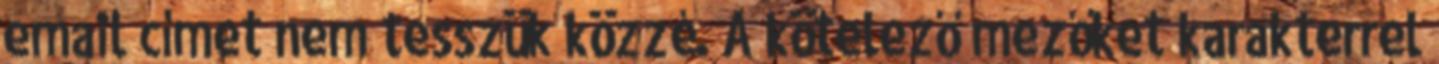
email címet nem tesszük közzé. A kötelező mezőket karakterrel